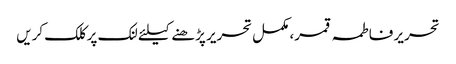
تحریر فاطمہ قمر، مکمل تحریر پڑھنے کیلئے لنک پر کلک کریں